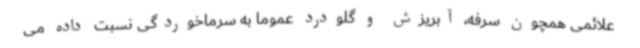
علائمی همچون سرفه، آبریزش و گلودرد عموما به سرماخوردگی نسبت داده می